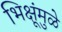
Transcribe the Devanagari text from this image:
भिक्षूंमुळे